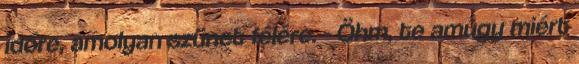
időre, amolyan szünet félére. - Öhm, te amúgy miért